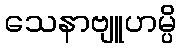
သေနာဗျူဟမ္ပိ